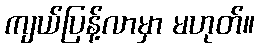
ကျယ်ပြန့်လာမှာ မဟုတ်။